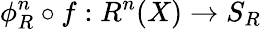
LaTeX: \phi_{R}^{n}\circ f:R^{n}(X)\rightarrow S_{R}